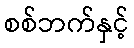
စစ်ဘက်နှင့်